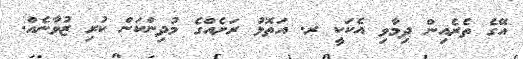
އޭގެ ތެރެއިން ދިމާވި އެކަކީ ރ. އަތޮޅު ރަށެއްގެ މުދިންކަން ކުރި ޒުވާނެއް.